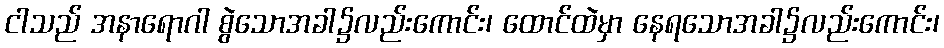
ငါသည် အနာရောဂါ စွဲသောအခါ၌လည်းကောင်း၊ ထောင်ထဲမှာ နေရသောအခါ၌လည်းကောင်း၊